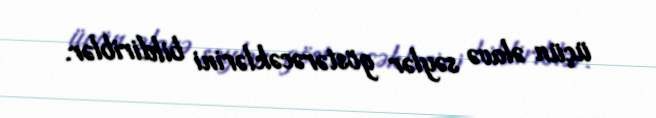
üçün əlavə səylər göstərəcəklərini bildiriblər.